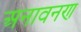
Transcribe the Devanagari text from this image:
अनावनण